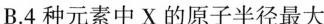
B.4种元素中X的原子半径最大